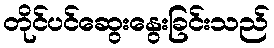
တိုင်ပင်ဆွေးနွေးခြင်းသည်